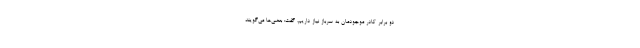
دو برابر کادر موجودمان به سرباز نیاز داریم، گفت: بعضی‌ها می‌گویند